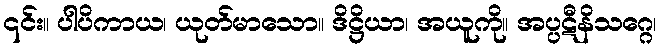
၎င်း။ ပါပိကာယ၊ ယုတ်မာသော။ ဒိဋ္ဌိယာ၊ အယူကို။ အပ္ပဋီနိသဂ္ဂေ၊